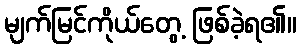
မျက်မြင်ကိုယ်တွေ့ ဖြစ်ခဲ့ရ၏။